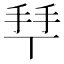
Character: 𢫶